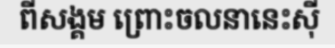
ពីសង្គម ព្រោះចលនានេះស៊ី